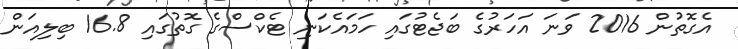
އެގޮތުން 2016 ވަނަ އަހަރުގެ ބަޖެޓުގައި ހަމައެކަނި ޓެކްސްގެ ގޮތުގައި 16.8 ބިލިއަން